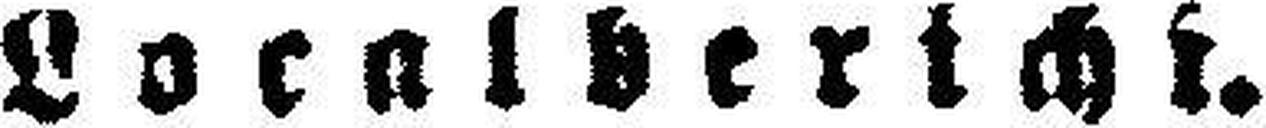
Lokalbericht.